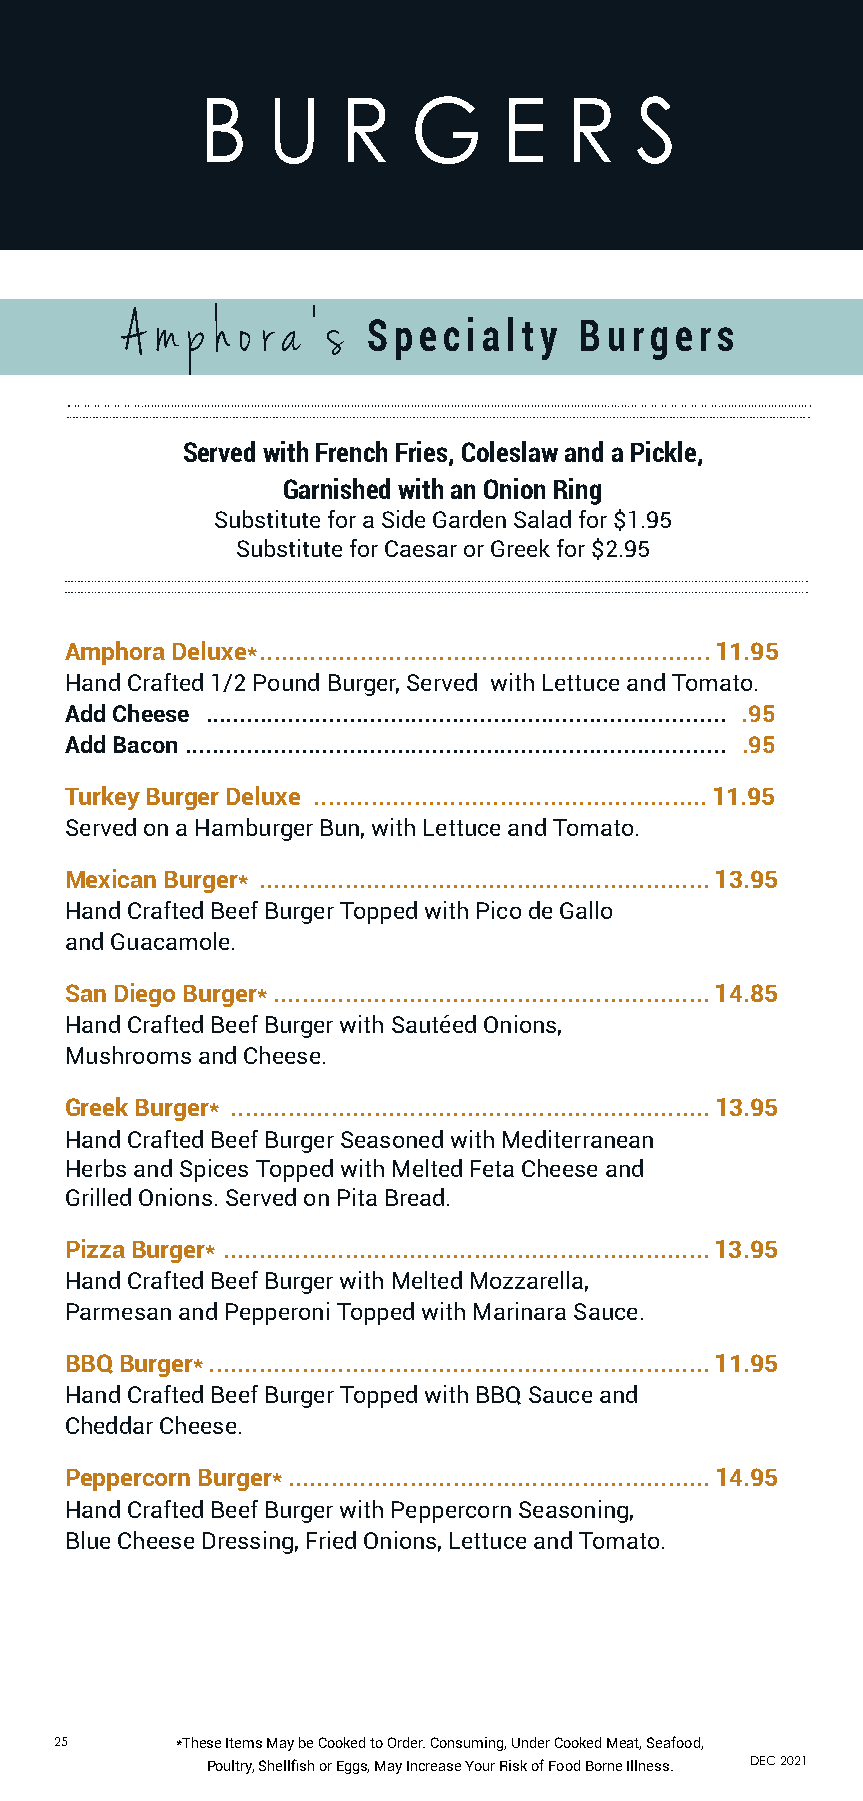
B    U    R   G     E   R    S
 A m p h o r a ’ s
 Specialty     Burgers
 Served with French Fries, Coleslaw and a Pickle,
 Garnished with an Onion Ring
 Substitute for a Side Garden Salad for $1.95
 Substitute for Caesar or Greek for $2.95
 Amphora Deluxe* ............................................................... 11.95
 Hand Crafted 1/2 Pound Burger, Served with Lettuce and Tomato.
 Add Cheese ............................................................................ .95
 Add Bacon ............................................................................... .95
 Turkey Burger Deluxe ....................................................... 11.95
 Served on a Hamburger Bun, with Lettuce and Tomato.
 Mexican Burger* ............................................................... 13.95
 Hand Crafted Beef Burger Topped with Pico de Gallo
 and Guacamole.
 San Diego Burger* ............................................................. 14.85
 Hand Crafted Beef Burger with Sautéed Onions,
 Mushrooms and Cheese.
 Greek Burger* ................................................................... 13.95
 Hand Crafted Beef Burger Seasoned with Mediterranean
 Herbs and Spices Topped with Melted Feta Cheese and
 Grilled Onions. Served on Pita Bread.
 Pizza Burger* .................................................................... 13.95
 Hand Crafted Beef Burger with Melted Mozzarella,
 Parmesan and Pepperoni Topped with Marinara Sauce.
 BBQ Burger* ...................................................................... 11.95
 Hand Crafted Beef Burger Topped with BBQ Sauce and
 Cheddar Cheese.
 Peppercorn Burger* ........................................................... 14.95
 Hand Crafted Beef Burger with Peppercorn Seasoning,
 Blue Cheese Dressing, Fried Onions, Lettuce and Tomato.
 25      *These Items May be Cooked to Order. Consuming, Under Cooked Meat, Seafood,
 Poultry, Shellfish or Eggs, May Increase Your Risk of Food Borne Illness. DEC 2021